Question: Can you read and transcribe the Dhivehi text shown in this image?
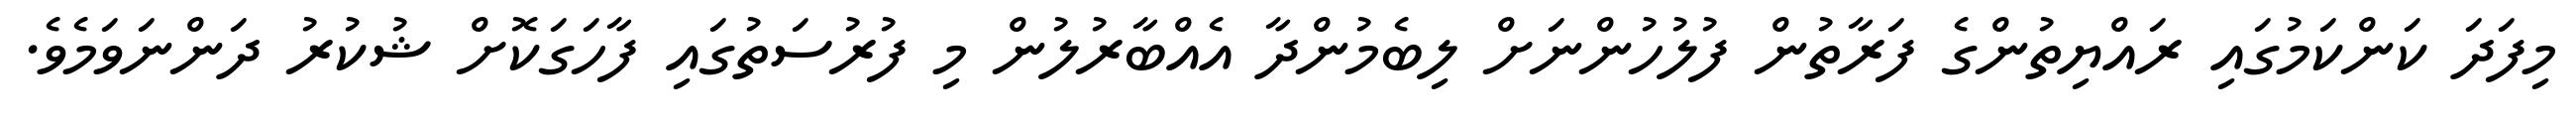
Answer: މިފަދަ ކަންކަމުގައި ރައްޔިތުންގެ ފަރާތުން ފުލުހުންނަށް ލިބެމުންދާ އެއްބާރުލުން މި ފުރުސަތުގައި ފާހަގަކޮށް ޝުކުރު ދަންނަވަމެވެ.